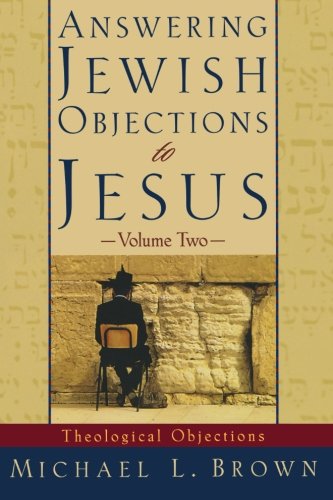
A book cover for Answering Jewish Objections to Jesus: Theological Objections Vol. 2; Michael L. Brown; Religion & Spirituality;